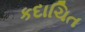
કદાચિત